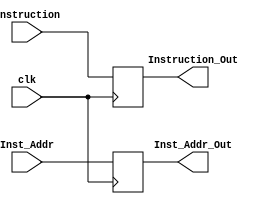
module IF_ID(
  input clk,
  
  input [31:0] Instruction,
  input [63:0] Inst_Addr,
  output reg [31:0] Instruction_Out,
  output reg [63:0] Inst_Addr_Out
);

always @ (posedge clk)
begin
  Instruction_Out = Instruction;
  Inst_Addr_Out = Inst_Addr;
end

endmodule